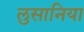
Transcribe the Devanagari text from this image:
लुसानिया